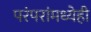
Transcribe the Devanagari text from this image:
परंपरांमध्येही